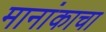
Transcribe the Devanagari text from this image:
मानांकाचा